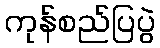
ကုန်စည်ပြပွဲ